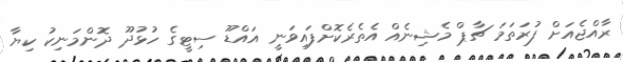
ރާއްޖެއަށް ފުރަތަމަ ޗާޕް މެޝިނެއް އެތެރެކޮށްފައިވަނީ އައްޑޫ ސިޓީގެ ހުޅުދޫ ދޮންމަނިކު ކިޔާ